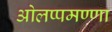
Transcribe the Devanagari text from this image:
ओलप्पमण्णा